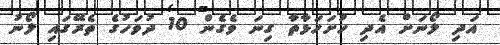
އަދި ލޯނަށް އެދި ހުށަހަޅާތާ ގިނަ ވެގެން 10 ދުވަހުގެ ތެރޭގައި ލޯނު